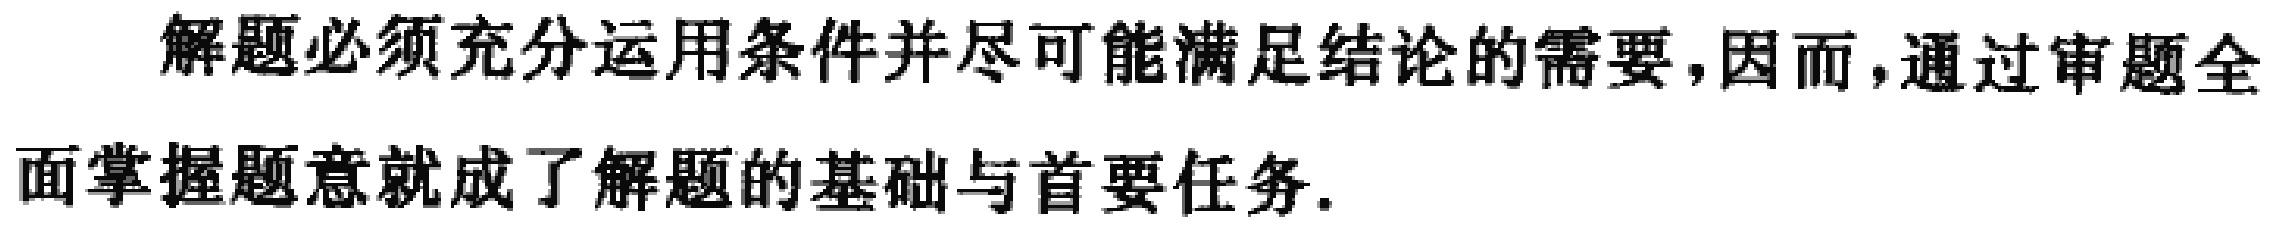
解题必须充分运用条件并尽可能满足结论的需要,因而,通过审题全面掌握题意就成了解题的基础与首要任务.